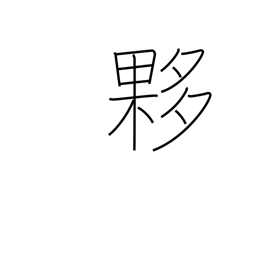
Meaning: immense